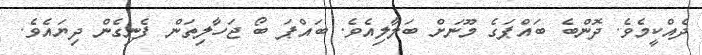
ދެއްކީމެވެ. ދޮންބެ ބައްޕަގެ މޫނަށް ބަލާލިއެވެ. ބައްޕަ ބޯ ޖަހާލިތަން ފެނިގެން ދިޔައެވެ.